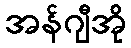
အန်ဂျီအို